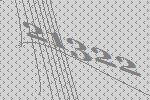
21322